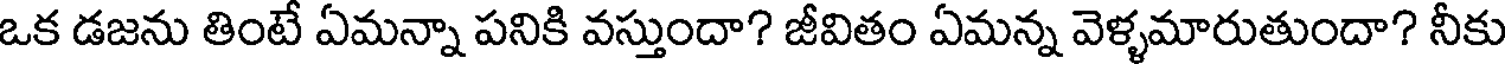
ఒక డజను తింటే ఏమన్నా పనికి వస్తుందా? జీవితం ఏమన్న వెళ్ళమారుతుందా? నీకు